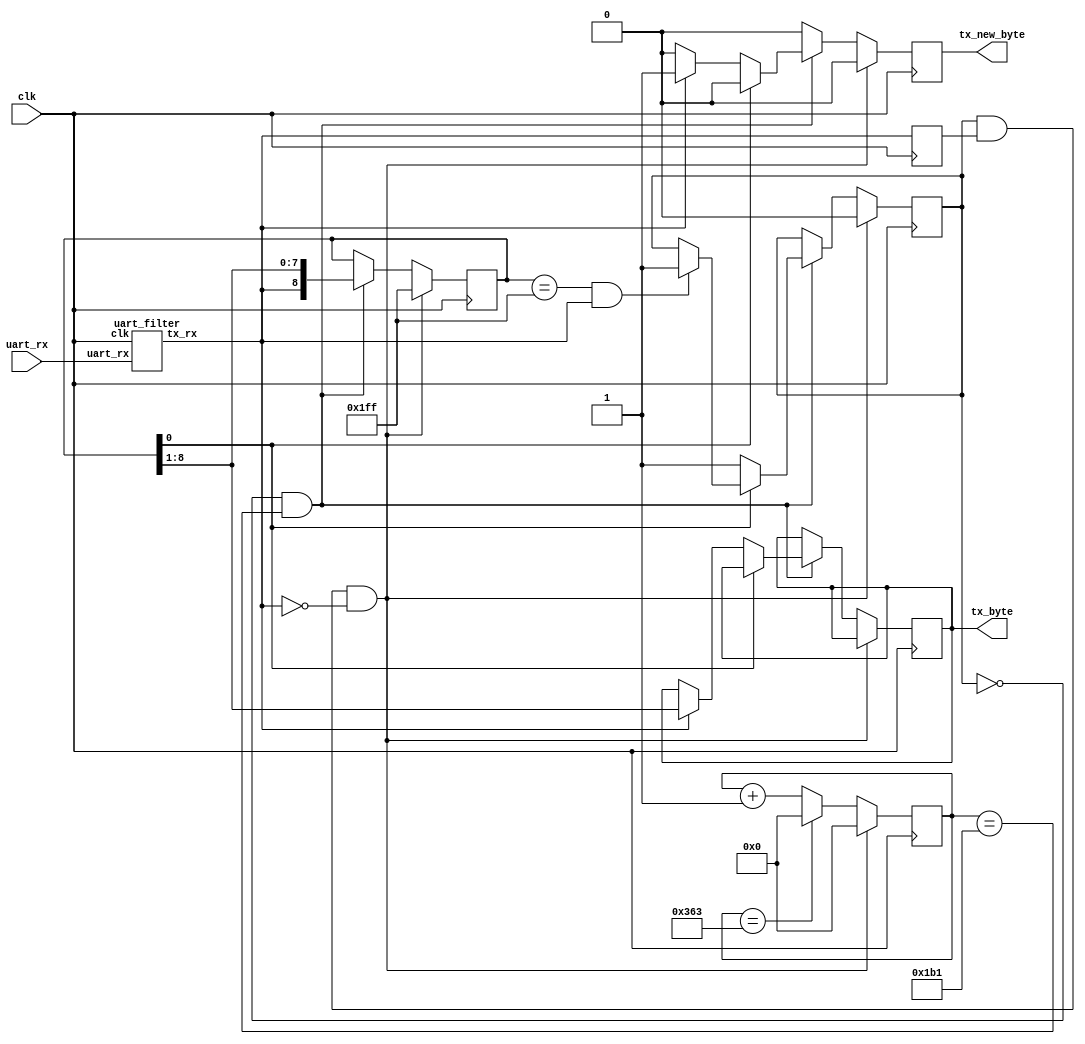
/*
*
* Copyright (c) 2011-2013 fpgaminer@bitcoin-mining.com
*
*
*
* This program is free software: you can redistribute it and/or modify
* it under the terms of the GNU General Public License as published by
* the Free Software Foundation, either version 3 of the License, or
* (at your option) any later version.
*
* This program is distributed in the hope that it will be useful,
* but WITHOUT ANY WARRANTY; without even the implied warranty of
* MERCHANTABILITY or FITNESS FOR A PARTICULAR PURPOSE.  See the
* GNU General Public License for more details.
*
* You should have received a copy of the GNU General Public License
* along with this program.  If not, see <http://www.gnu.org/licenses/>.
*
*/
// From: https://github.com/teknohog/Open-Source-FPGA-Bitcoin-Miner/tree/master/projects/KC705_experimental

module uart_receiver # (
	parameter comm_clk_frequency = 100000000,
	parameter baud_rate = 115200
) (
	input clk,

	// UART interface
	input uart_rx,

	// Data received
	output reg tx_new_byte = 1'b0,
	output reg [7:0] tx_byte = 8'd0
);

	localparam [15:0] baud_delay = (comm_clk_frequency / baud_rate) - 1;

	//-----------------------------------------------------------------------------
	// UART Filtering
	//-----------------------------------------------------------------------------
	wire rx;

	uart_filter uart_fitler_blk (
		.clk (clk),
		.uart_rx (uart_rx),
		.tx_rx (rx)
	);


	//-----------------------------------------------------------------------------
	// UART Decoding
	//-----------------------------------------------------------------------------
	reg old_rx = 1'b1, idle = 1'b1;
	reg [15:0] delay_cnt = 16'd0;
	reg [8:0] incoming = 9'd0;

	always @ (posedge clk)
	begin
		old_rx <= rx;
		tx_new_byte <= 1'b0;

		delay_cnt <= delay_cnt + 16'd1;

		if (delay_cnt == baud_delay)
			delay_cnt <= 0;

		if (idle && old_rx && !rx)    // Start bit (falling edge)
		begin
			idle <= 1'b0;
			incoming <= 9'd511;
			delay_cnt <= 16'd0;   // Synchronize timer to falling edge
		end
		else if (!idle && (delay_cnt == (baud_delay >> 1)))
		begin
			incoming <= {rx, incoming[8:1]};    // LSB first

			if (incoming == 9'd511 && rx)       // False start bit
				idle <= 1'b1;
		
			if (!incoming[0])    // Expecting stop bit
			begin
				idle <= 1'b1;
				
				if (rx)
				begin
					tx_new_byte <= 1'b1;
					tx_byte <= incoming[8:1];
				end
			end
		end
	end

endmodule


/*
* Provides metastability protection, and some minimal noise filtering.
* Noise is filtered with a 3-way majority vote. This removes any random single
* 'clk' cycle errors.
*/
module uart_filter (
	input clk,
	input uart_rx,
	output reg tx_rx = 1'b0
);

	//-----------------------------------------------------------------------------
	// Metastability Protection
	//-----------------------------------------------------------------------------
	reg rx, meta;

	always @ (posedge clk)
		{rx, meta} <= {meta, uart_rx};


	//-----------------------------------------------------------------------------
	// Noise Filtering
	//-----------------------------------------------------------------------------
	wire sample0 = rx;
	reg sample1, sample2;

	always @ (posedge clk)
	begin
		{sample2, sample1} <= {sample1, sample0};

		if ((sample2 & sample1) | (sample1 & sample0) | (sample2 & sample0))
			tx_rx <= 1'b1;
		else
			tx_rx <= 1'b0;
	end

endmodule